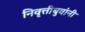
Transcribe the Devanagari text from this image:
निवृत्तीबुवांनी